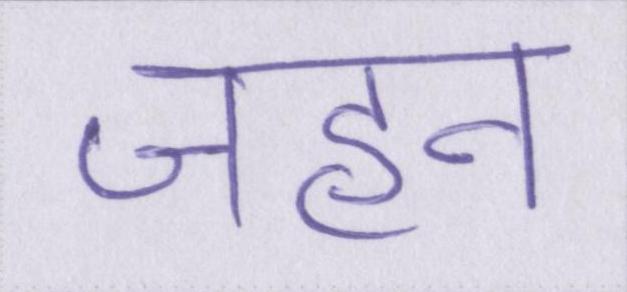
जहन